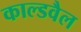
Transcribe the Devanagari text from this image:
काल्डवैल